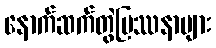
နောက်ဆက်တွဲပြဿနာများ